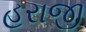
હરાજી